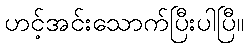
ဟင့်အင်းသောက်ပြီးပါပြီ။